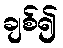
ချစ်၍